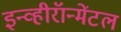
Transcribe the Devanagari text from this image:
इन्व्हीरॅान्मेंटल